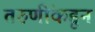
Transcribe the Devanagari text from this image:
तरुणींकडून